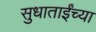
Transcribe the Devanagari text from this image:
सुधाताईंच्या